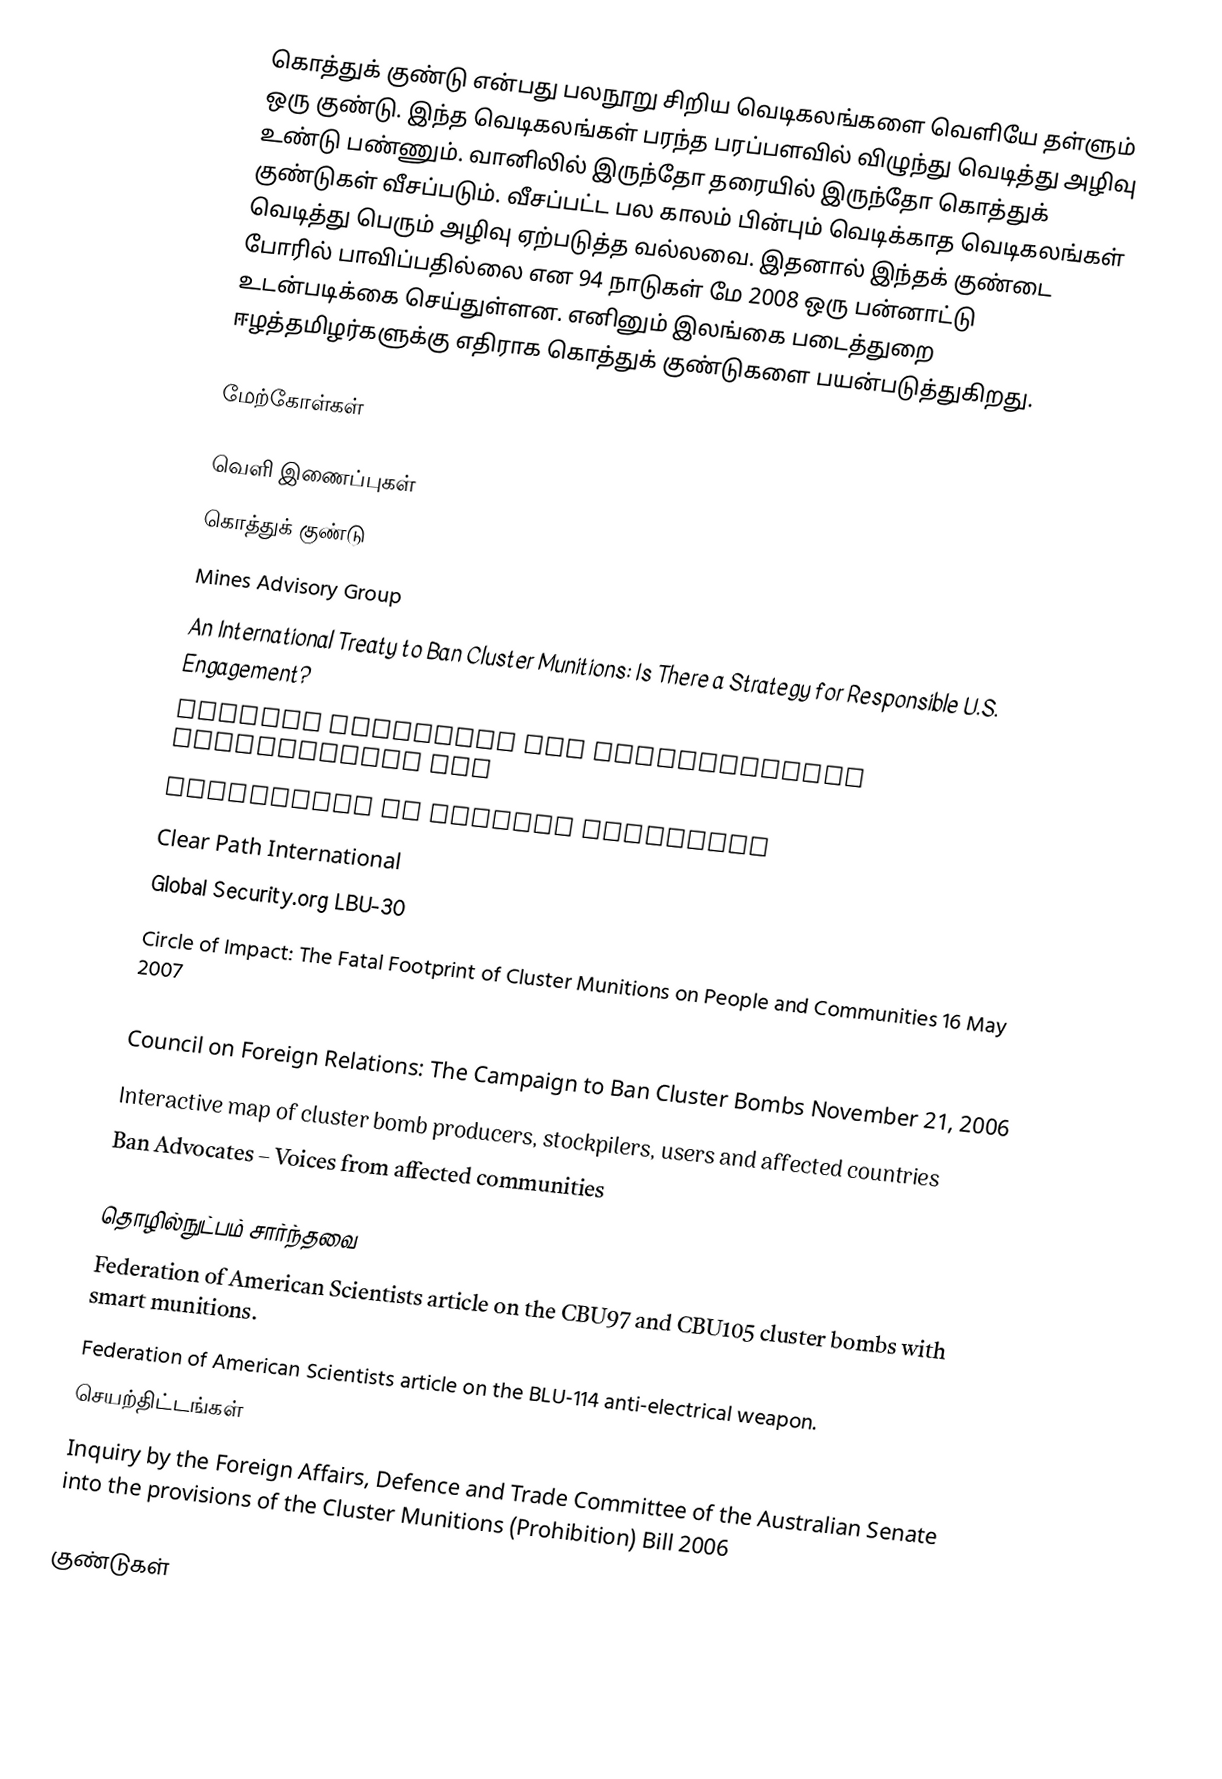
கொத்துக் குண்டு என்பது பலநூறு சிறிய வெடிகலங்களை வெளியே தள்ளும் ஒரு குண்டு. இந்த வெடிகலங்கள் பரந்த பரப்பளவில் விழுந்து வெடித்து அழிவு உண்டு பண்ணும். வானிலில் இருந்தோ தரையில் இருந்தோ கொத்துக் குண்டுகள் வீசப்படும். வீசப்பட்ட பல காலம் பின்பும் வெடிக்காத வெடிகலங்கள் வெடித்து பெரும் அழிவு ஏற்படுத்த வல்லவை. இதனால் இந்தக் குண்டை போரில் பாவிப்பதில்லை என 94 நாடுகள் மே 2008 ஒரு பன்னாட்டு உடன்படிக்கை செய்துள்ளன. எனினும் இலங்கை படைத்துறை ஈழத்தமிழர்களுக்கு எதிராக கொத்துக் குண்டுகளை பயன்படுத்துகிறது.

மேற்கோள்கள்

வெளி இணைப்புகள்
கொத்துக் குண்டு
Mines Advisory Group
An International Treaty to Ban Cluster Munitions: Is There a Strategy for Responsible U.S. Engagement?
Cluster munitions and international humanitarian law
Convention on Cluster Munitions
Clear Path International
Global Security.org LBU-30
Circle of Impact: The Fatal Footprint of Cluster Munitions on People and Communities  16 May 2007
Disarmament Insight website
Council on Foreign Relations: The Campaign to Ban Cluster Bombs November 21, 2006
Interactive map of cluster bomb producers, stockpilers, users and affected countries
Ban Advocates – Voices from affected communities

தொழில்நுட்பம் சார்ந்தவை
 Federation of American Scientists article on the CBU97 and CBU105 cluster bombs with smart munitions.
 Federation of American Scientists article on the BLU-114 anti-electrical weapon.
செயற்திட்டங்கள்
 Inquiry by the Foreign Affairs, Defence and Trade Committee of the Australian Senate into the provisions of the Cluster Munitions (Prohibition) Bill 2006

குண்டுகள்